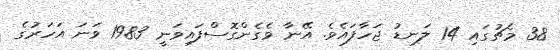
38 މެޗުގައި 14 ލަނޑު ޖަހާފައެވެ. އޭނާ ވެގެންގޮސްފައިވަނީ 1983 ވަނަ އަހަރުގެ